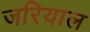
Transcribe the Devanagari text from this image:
जरियाल